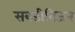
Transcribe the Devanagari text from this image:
सबडीविजन